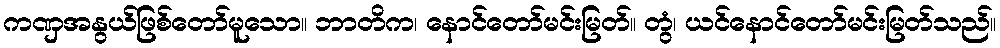
ကဏှအနွယ်ဖြစ်တော်မူသော။ ဘာတိက၊ နောင်တော်မင်းမြတ်။ တွံ၊ ယင်နောင်တော်မင်းမြတ်သည်။